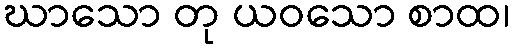
ဃာသော တု ယဝသော စာထ၊